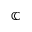
\mathbb { C }